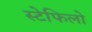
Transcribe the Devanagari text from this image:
स्टेफिलो